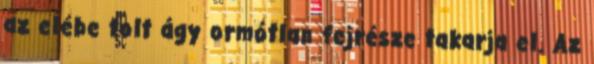
az elébe tolt ágy ormótlan fejrésze takarja el. Az